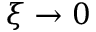
\xi \to 0